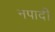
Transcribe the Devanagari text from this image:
नपादी